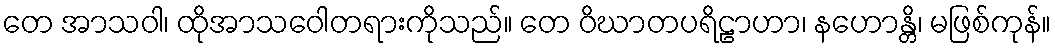
တေ အာသဝါ၊ ထိုအာသဝေါတရားကိုသည်။ တေ ဝိဃာတပရိဠာဟာ၊ နဟောန္တိ၊ မဖြစ်ကုန်။